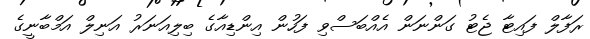
ރަފާލް ފައިޓާ ޖެޓު ގަންނަން އެއްބަސްވި ފަހުން އިންޑިއާގެ ބިލިއަނަރު އަނިލް އަމްބާނީގެ